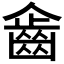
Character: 𪗖